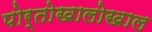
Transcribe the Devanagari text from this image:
पोर्तोखालोखाल